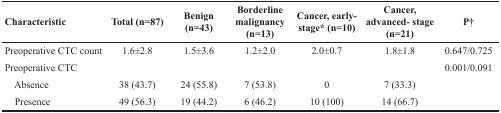
<table><thead><tr><td><b>Characteristic</b></td><td><b>Total (n=87)</b></td><td><b>Benign (n=43)</b></td><td><b>Borderline malignancy (n=13)</b></td><td><b>Cancer, early-stage* (n=10)</b></td><td><b>Cancer, advanced- stage (n=21)</b></td><td><b>P†</b></td></tr></thead><tbody><tr><td>Preoperative CTC count</td><td>1.6±2.8</td><td>1.5±3.6</td><td>1.2±2.0</td><td>2.0±0.7</td><td>1.8±1.8</td><td>0.647/0.725</td></tr><tr><td>Preoperative CTC</td><td>[EMPTY_CELL]</td><td>[EMPTY_CELL]</td><td>[EMPTY_CELL]</td><td>[EMPTY_CELL]</td><td>[EMPTY_CELL]</td><td>0.001/0.091</td></tr><tr><td> Absence</td><td>38 (43.7)</td><td>24 (55.8)</td><td>7 (53.8)</td><td>0</td><td>7 (33.3)</td><td>[EMPTY_CELL]</td></tr><tr><td> Presence</td><td>49 (56.3)</td><td>19 (44.2)</td><td>6 (46.2)</td><td>10 (100)</td><td>14 (66.7)</td><td>[EMPTY_CELL]</td></tr></tbody></table>